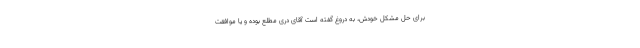
براى حل مشكل خودش، به دروغ گفته است آقاى درى مطلع بوده و یا موافقت